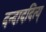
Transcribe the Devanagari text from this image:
दन्दाददित्य्